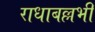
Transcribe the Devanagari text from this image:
राधाबल्लभी